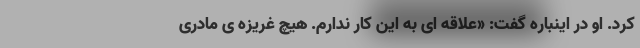
کرد. او در اینباره گفت: «علاقه ای به این کار ندارم. هیچ غریزه ی مادری